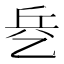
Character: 𰁃